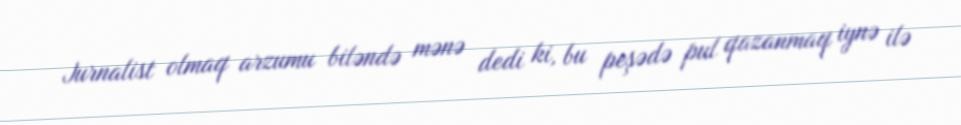
Jurnalist olmaq arzumu biləndə mənə dedi ki, bu peşədə pul qazanmaq iynə ilə